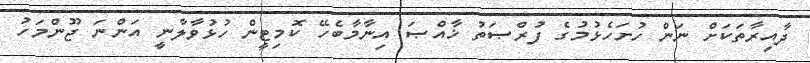
ދާއިރާތަކަށް ނަން ހުށަހެޅުމުގެ ފުރްޞަތު ޚާއްޞަ އިނާމާބެހޭ ކޮމިޓީން ހުޅުވާލާނީ އަންނަ ޖޫންމަހު